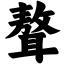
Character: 聱